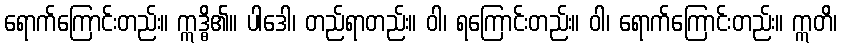
ရောက်ကြောင်းတည်း။ ဣဒ္ဓိ၏။ ပါဒေါ၊ တည်ရာတည်း။ ဝါ၊ ရကြောင်းတည်း။ ဝါ၊ ရောက်ကြောင်းတည်း။ ဣတိ၊